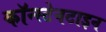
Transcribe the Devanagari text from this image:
कॉन्स्टेनटाइन